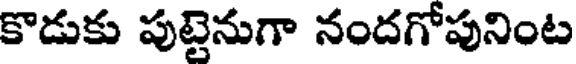
కొడుకు పుట్టెనుగా నందగోపునింట